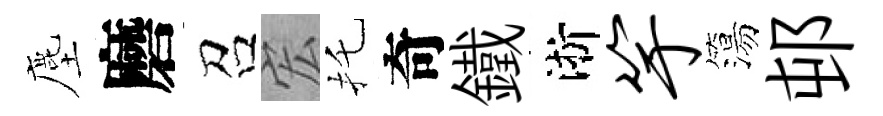
塵磨召宏托奇鐵淅竽簜邨